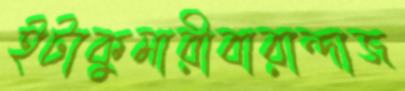
ইটাকুমারীবারান্দাজ